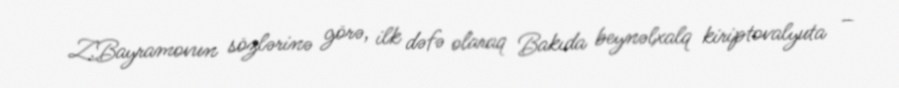
Z.Bayramovun sözlərinə görə, ilk dəfə olaraq Bakıda beynəlxalq kiriptovalyuta –